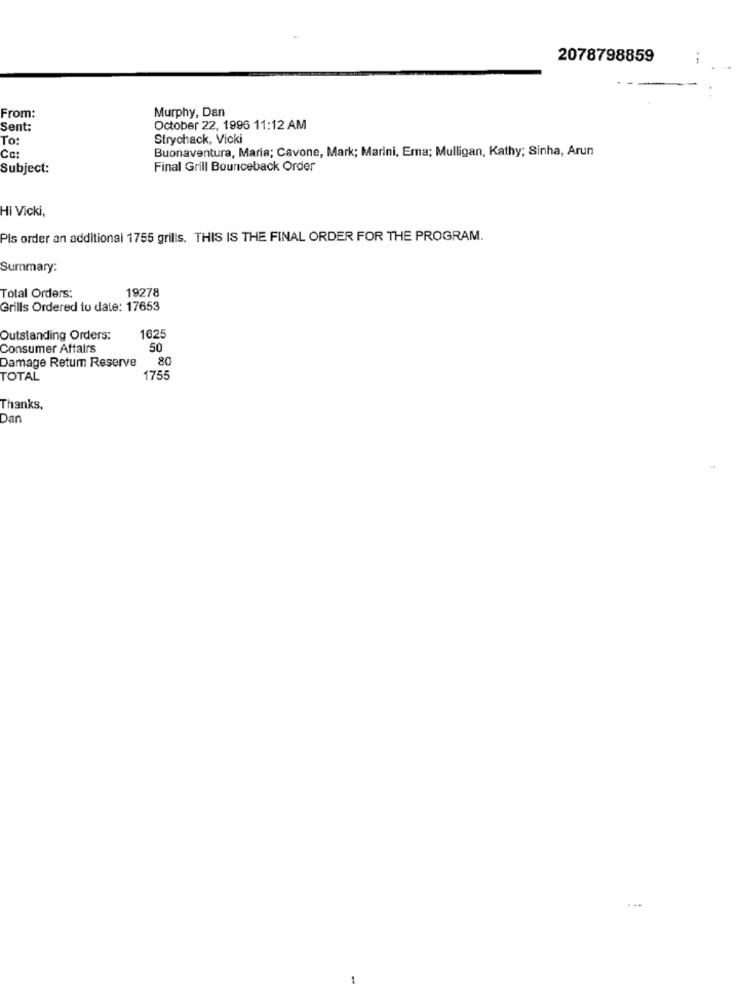
2078798859
Murphy, Dan
From:
Sent:
October 22, 1996 11:12 AM
To:
Strychack, Vicki
Buonaventura, Maria; Cavone, Mark; Marini, Ema; Mulligan, Kathy; Sinha, Arun
Cc:
Subject:
Final Grill Bounceback Order
Hi Vicki,
Pls order an additional 1755 grills. THIS IS THE FINAL ORDER FOR THE PROGRAM.
Summary:
Total Orders:
19278
Grills Ordered to date: 17653
Outstanding Orders:
1625
Consumer Affairs
50
Damage Retum Reserve
80
TOTAL
1755
Thanks,
Dan